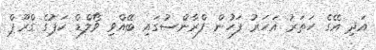
އަދި އޭގެ ހަތަރު އަހަރު ފަހުން ފްރާންސުގައި ބޭއްވި ވޯލްޑް ކަޕުގެ ގްރޫޕް